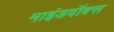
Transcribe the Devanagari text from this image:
माइंडवॉक्स